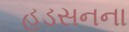
હડસનના